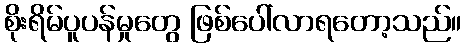
စိုးရိမ်ပူပန်မှုတွေ ဖြစ်ပေါ်လာရတော့သည်။